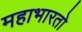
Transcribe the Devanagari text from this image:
महाभारतो